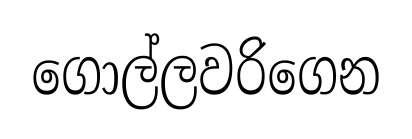
ගොල්ලවරිගෙන